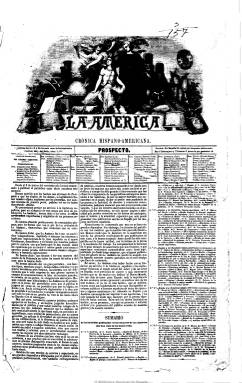
Título: La América (Madrid. 1857)
Colección: Revistas de información general
Ámbito geográfico: Madrid
Lugar de publicación: Madrid
Fechas: 24/02/1857-28/07/1886

Rodeada de gran prestigio, "La América: crónica hispano-americana (Madrid: 1857-1886)" es una de las más importantes, longevas y más difundidas revistas doctrinales de todo el siglo XIX español. De periodicidad quincenal y de 16 a 20 páginas por número, es considerada como una de de las grandes aventuras intelectuales del liberalismo progresista-democrático español. Su nómina de colaboradores asombra por su número y por su calidad, pues no hubo escritor ni político de relieve en España y América que no publicara en sus páginas. Fue fundada y dirigida hasta 1870 por Eduardo Asquerino (1826-1881), sucediéndole en la dirección su hermano, Eusebio Asquerino (1822-1895), quienes previamente habían publicado el diario La Libertad (Madrid: 1846), considerado el primer órgano del fourierismo en España. Por último la dirigió Víctor Balaguer (1826-1881).

A través de sus páginas se ofrecen las ideas de los intelectuales españoles sobre América y se refleja el conocimiento de este continente ofrecido por los propios escritores hispanoaméricanos. Los temas tratados son muchísimos, como las relaciones bilaterales, el papel de los Estados Unidos dentro y fuera del continente, la emigración, las comunicaciones marítimas y telegráficas, la nacionalidad de los hijos de los emigrantes o los proyectos de reuniones científicas y de exposiciones. Es fuente excepcional para conocer las relaciones exteriores y la vida cultural e intelectual de la segunda mitad del diecinueve español y americano.

Algunos ejemplares de 1860 vienen acompañados del suplemento Boletín de ultramar.